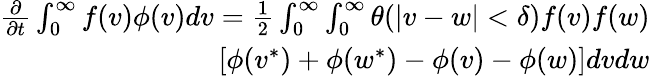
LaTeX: \begin{array}{r}{\begin{array}{r}{\frac{\partial}{\partial t}\int_{0}^{\infty}f(v)\phi(v)dv=\frac{1}{2}\int_{0}^{\infty}\int_{0}^{\infty}\theta(|v-w|<\delta)f(v)f(w)}\\ {\left[\phi(v^{*})+\phi(w^{*})-\phi(v)-\phi(w)\right]dvdw}\end{array}}\end{array}